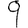
Digit: 9